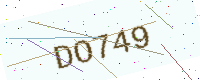
Text: DO749